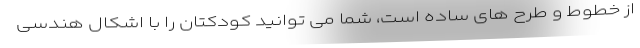
از خطوط و طرح های ساده است، شما می توانید کودکتان را با اشکال هندسی